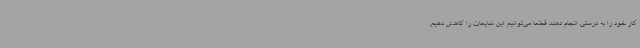
کار خود را به درستی انجام دهند قطعا می‌توانیم این شایعات را کاهش دهیم.